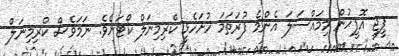
ޕީޖީ އޮފީހުން މިމައްސަލަ އެންމެ ފުރަތަމަ ހުށަހެޅީ ކްރިމިނަލް ކޯޓަށެވެ. ނަމަވެސް ކްރިމިނަލް